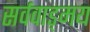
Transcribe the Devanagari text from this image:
सर्ववाड्मय